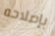
بإصلاحه